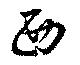
西